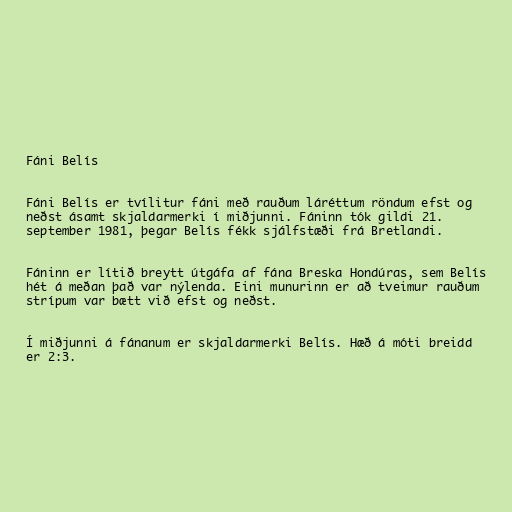
Fáni Belís

Fáni Belís er tvílitur fáni með rauðum láréttum röndum efst og
neðst ásamt skjaldarmerki í miðjunni. Fáninn tók gildi 21.
september 1981, þegar Belís fékk sjálfstæði frá Bretlandi.

Fáninn er lítið breytt útgáfa af fána Breska Hondúras, sem Belís
hét á meðan það var nýlenda. Eini munurinn er að tveimur rauðum
strípum var bætt við efst og neðst.

Í miðjunni á fánanum er skjaldarmerki Belís. Hæð á móti breidd
er 2:3.